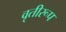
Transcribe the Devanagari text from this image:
वृतीरूप